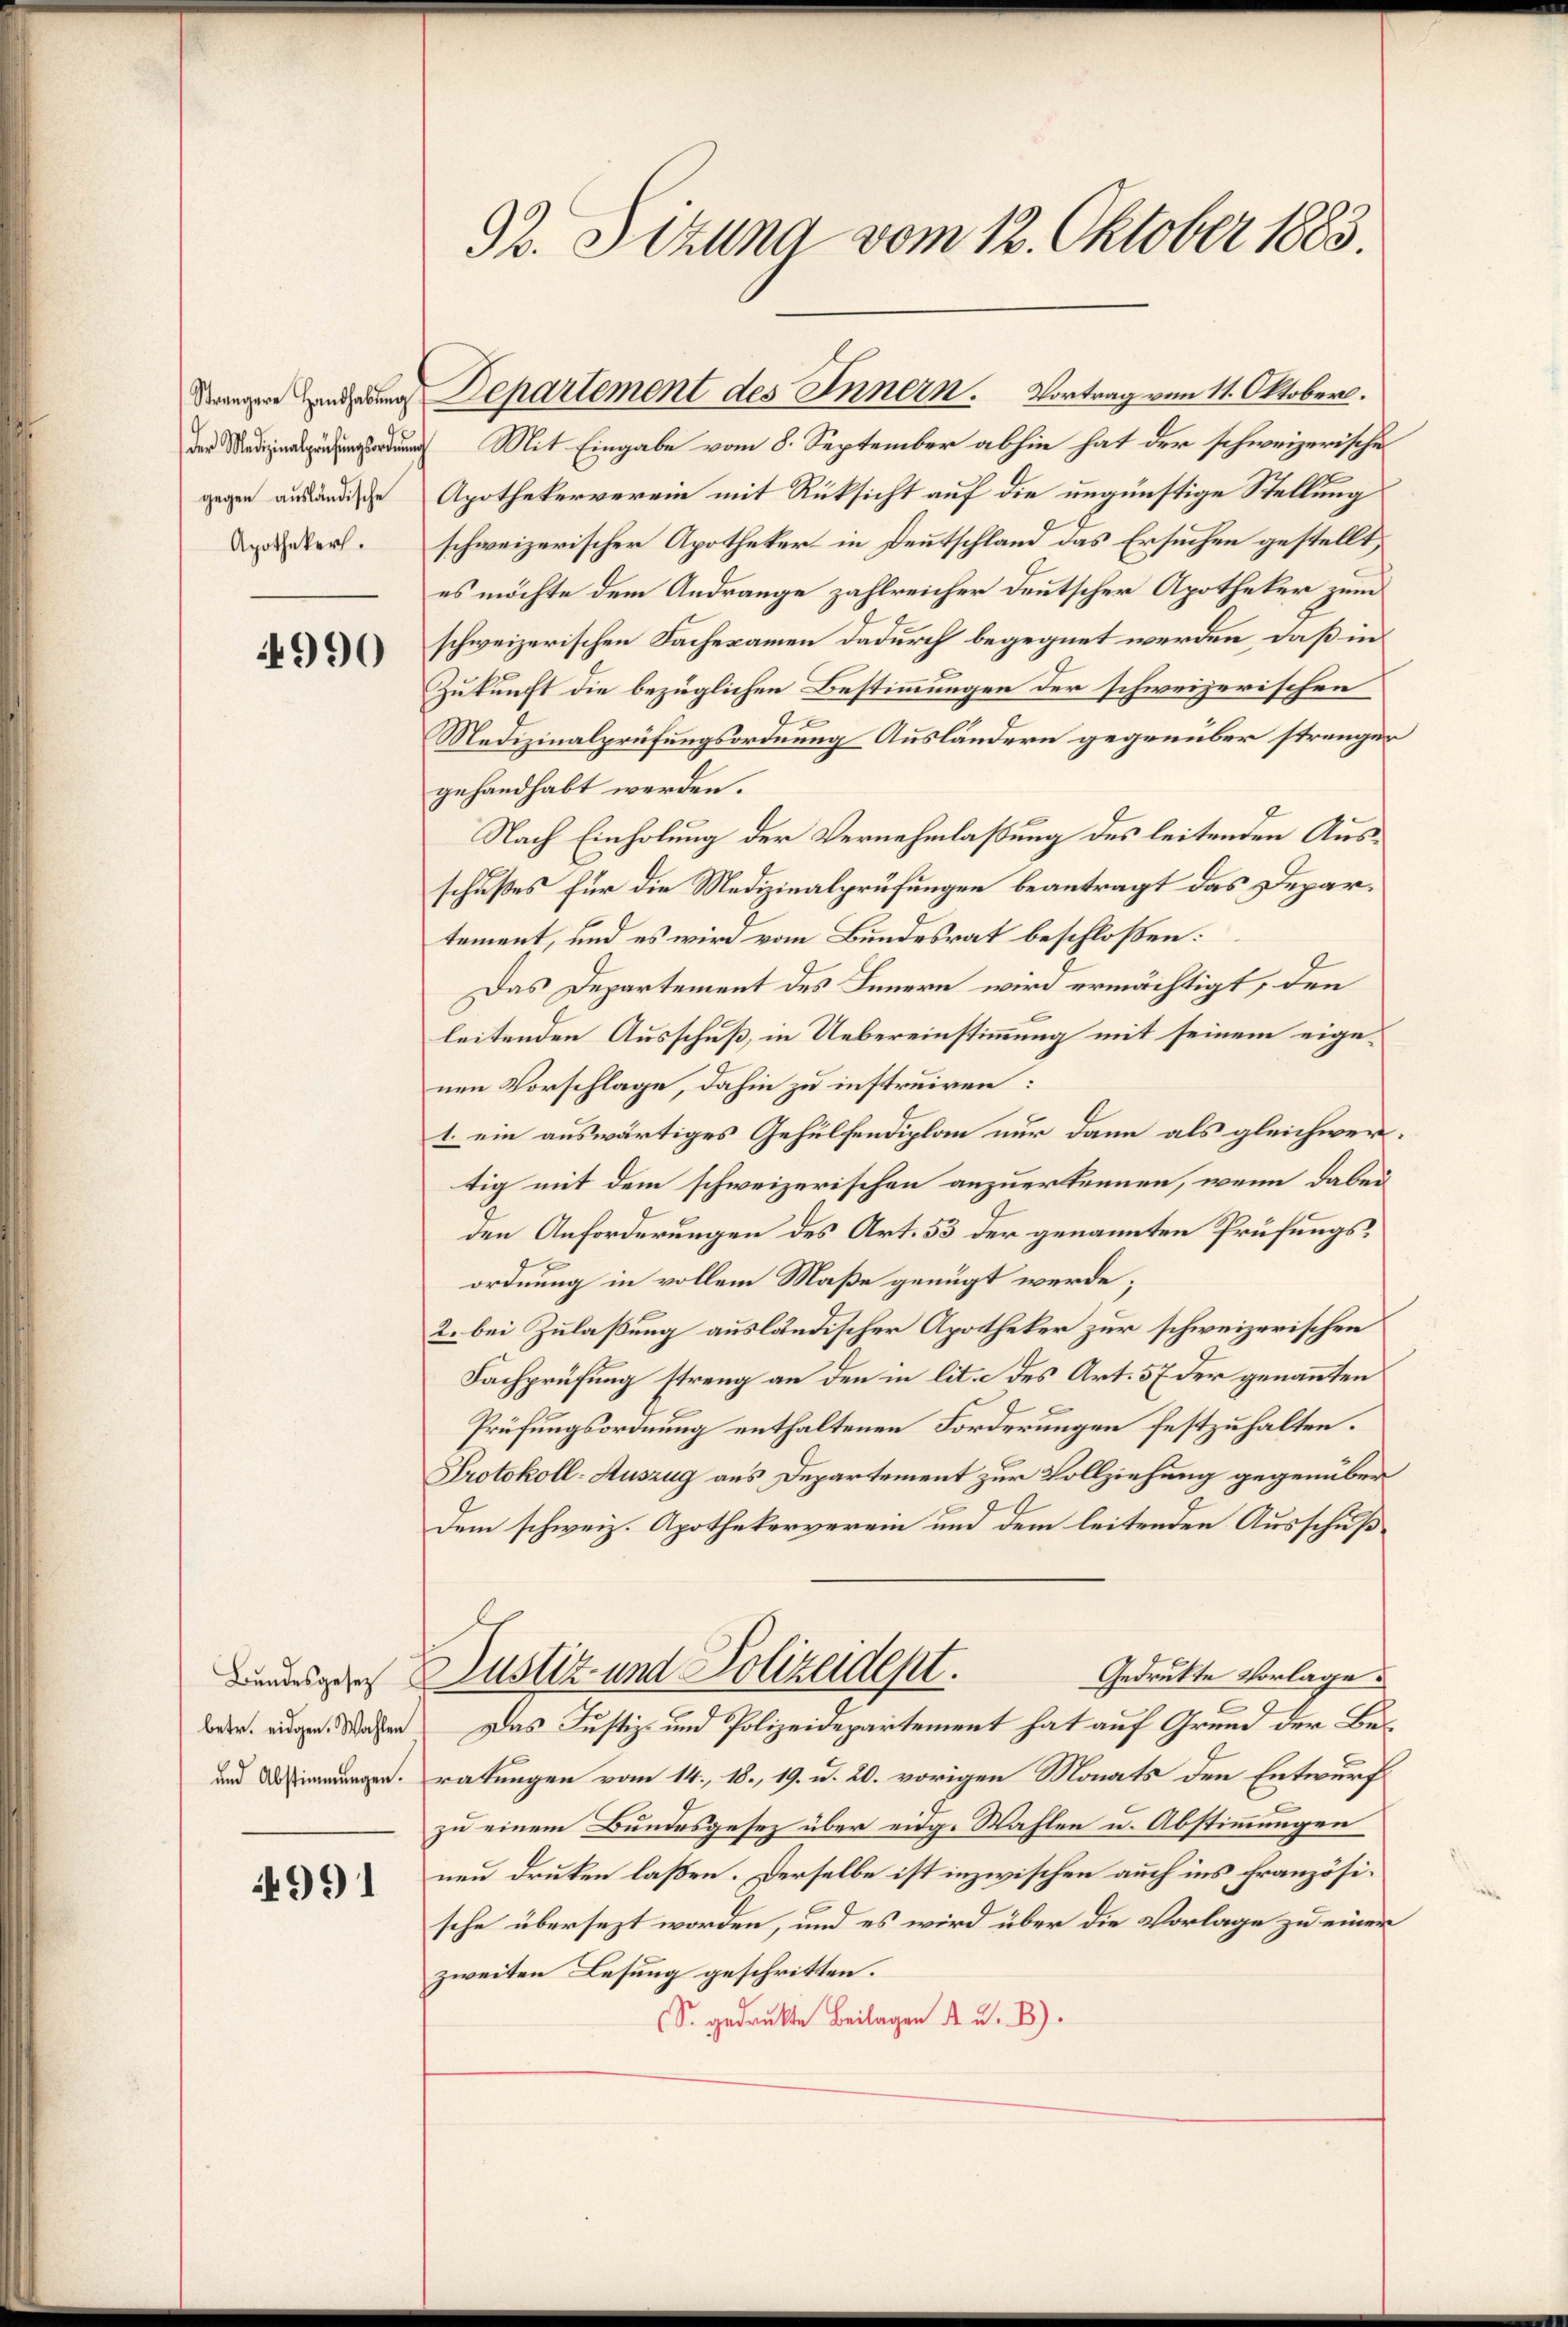
990

4991

33. Sizung vom 12. Oktober 1883.

der Mit Eingabe vom 8. September abhin hat der schweizerische
gegen ausende Apothekerverein mit Rücksicht auf die ungünstige Stellung
Deter schweizerischer Apotheker in Deutschland das Ersuchen gestellt,
es möchte dem Andrange zahlreicher deutscher Apotheker zum
schweizerischen Fachexamen dadurch begegnet werden, daß in
Zukunft die bezüglichen Bestimmungen der schweizerischen
9
Medizinalprüfungsordnung Ausländern gegenüber strengen
gehandhabt werden.
Nach Einholung der Vernehmlassung des leitenden Ausschußes für die Medizinalprüfungen beantragt das Departement, und es wird vom Bundesrat beschloßen:
Das Departement des Innern wird ermächtigt, den
leitenden Ausschuß, in Uebereinstimmung mit seinem eigenen Vorschlage, dahin zu instruiren:
1. ein auswärtiges Gehülfendiplan nur dann als gleichwertig mit dem schweizerischen anzuerkennen, wenn dabei
den Anforderungen des Art. 53 der genannten Prüfungs¬
7
ordnung in vollem Maße genügt werde;
2. bei Zulaßung ausländischer Apotheker zur schweizerischen
Fachprüfung streng an den in lit. c des Art. 57 der genannten
Prüfungsordnung enthaltenen Forderungen festzuhalten.
Protokoll-Auszug aus Departement zur Vollziehung gegenüber
Dem schweiz. Apothekarverein und dem leitenden Ausschuß¬
Gedruckte Vorlage.
Leutes Justiz- und Polizeident.
bader augen. Wassen. Das Justiz- und Polizeidepartement hat auf Grund der Bes
und geratungen vom 14. 18., 19. u. 20. vorigen Monats den Entwurf
zu einem Bundesgesez über eidg. Wahlen u. Abstimmungen
neu druken laßen. Derselbe ist inzwischen auch ins französische übersezt worden, und es wird über die Vorlage zu einer
zweiten Lesung geschritten.
S. gedruckte Beilagen 4 u. B

dringen Eindrang Departement des Innern. Vortrag vom 11. Oktober.